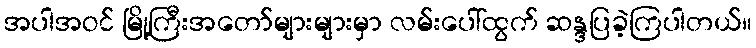
အပါအဝင် မြို့ကြီးအတော်များများမှာ လမ်းပေါ်ထွက် ဆန္ဒပြခဲ့ကြပါတယ်။